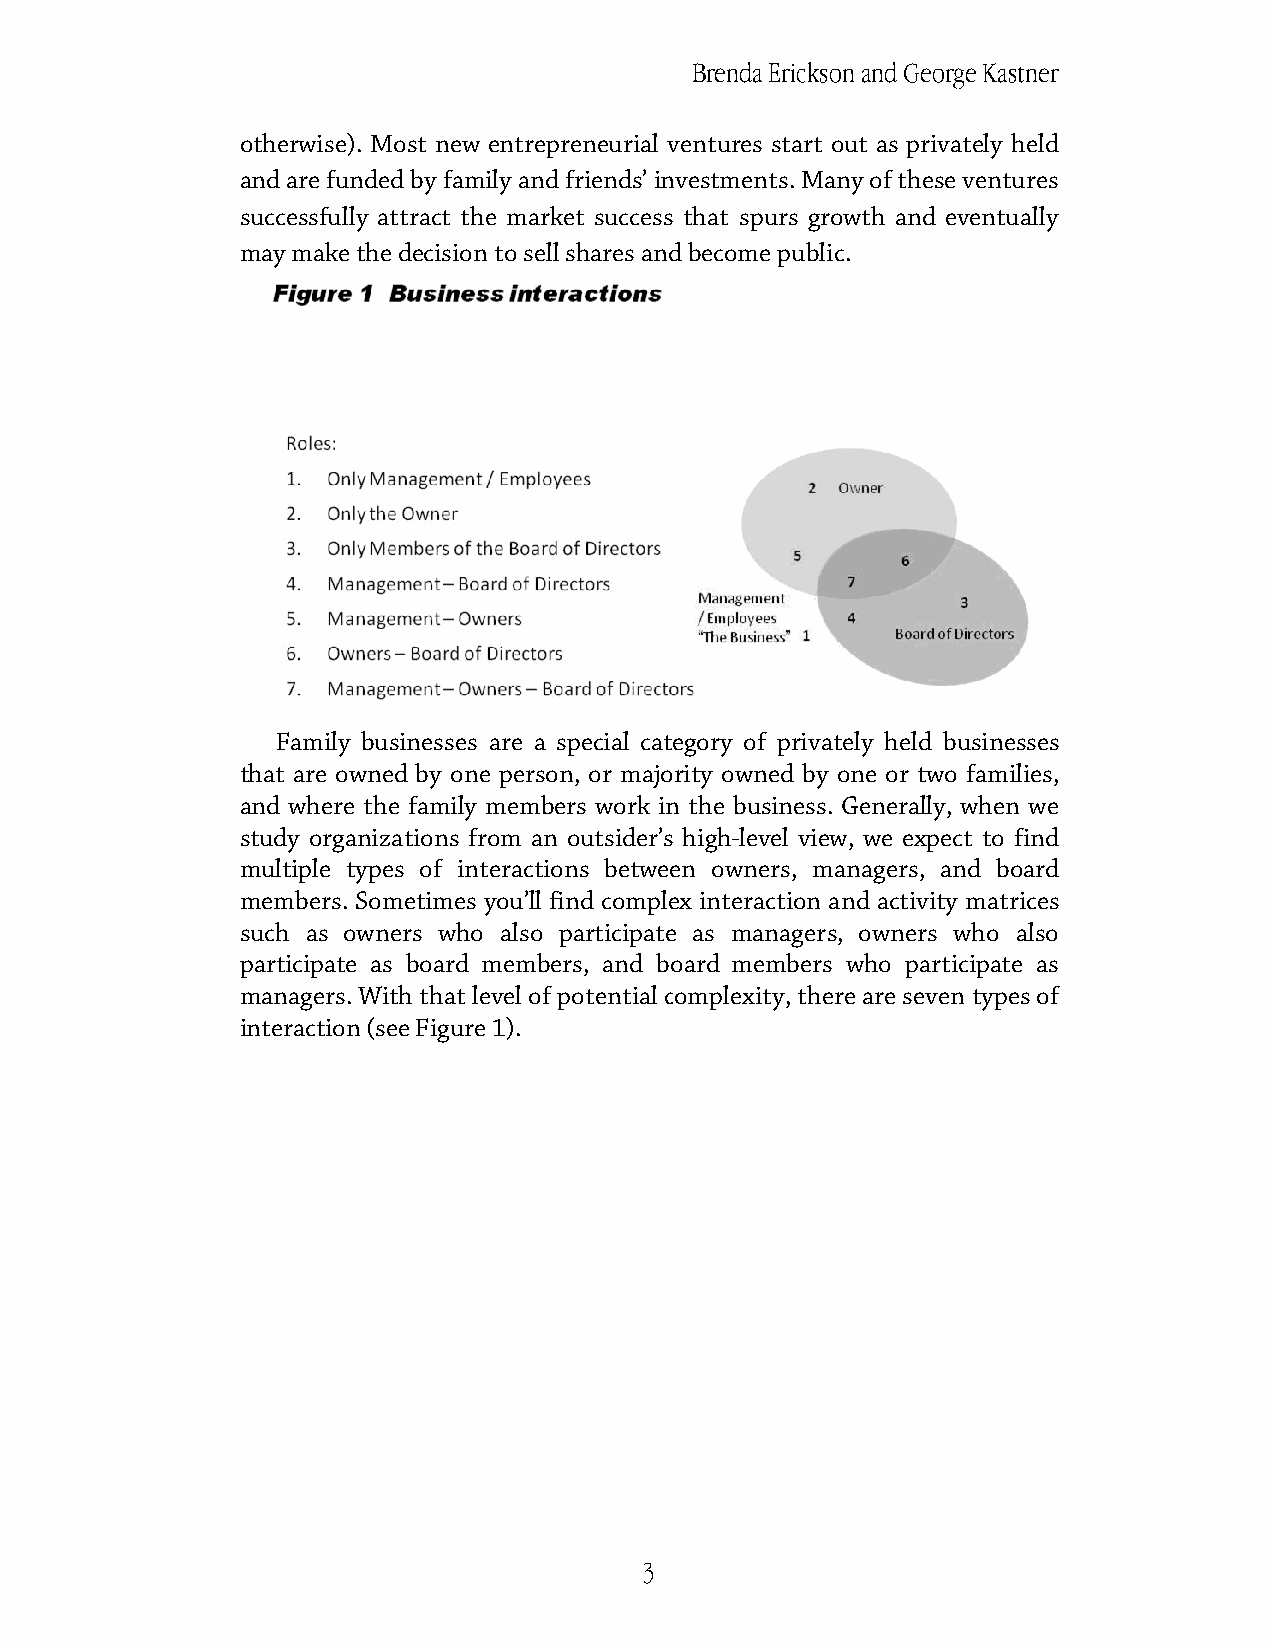
Brenda Erickson and George Kastner
 ootthheerrwwiissee)).. MMoosstt nneeww eennttrreepprreenneeuurriiaall vveennttuures start out as privately held
 and are funded by family and friends’ iinnvveessttmmeennttss.. MMaannyy ooff tthheessee vveennttuurreess
 ssuucccceessssffuullllyy aattttrraacctt tthhee mmaarrkkeett ssuucccceessss tthhaatt ssppuurrss ggrroowwtthh aanndd eevveennttuuaallllyy
 mmaayy mmaakkee tthhee ddeecciissiioonn ttoo sseellll sshhaarreess aanndd bbeeccoommee ppuubblliicc..
 Family businesses aarree aa ssppeecciiaall ccaatteeggoorryy ooff pprriivvaatteellyy hheelldd bbuussiinneesssseess
 tthhaatt aarree oowwnneedd bbyy oonnee ppeerrssoonn,, oorr mmaajjoorriittyy oowwnneedd bbyy oonnee oorr ttwwoo ffaammiilliieess,,
 aanndd wwhheerree tthhee ffaammiillyy mmeemmbbeerrss wwoorrkk iinn tthhee bbuussiinneessss.. GGeenneerraallllyy,, wwhheenn wwee
 study organizations from an outsider’ss hhiigghh-level view, we expect to find
 mmuullttiippllee ttyyppeess ooff iinntteerraaccttiioonnss bbeettwweeeenn oowwnneerrss,, mmaannaaggeerrss,, aanndd bbooaarrdd
 members. Sometimes you’llll ffiinndd ccoommpplleexx iinntteerraaccttiioonn aanndd aaccttiivviittyy mmaattrriicceess
 ssuucchh aass oowwnneerrss wwhhoo aallssoo ppaarrttiicciippaattee aass mmaannaaggeerrss,, oowwnneerrss wwhhoo aallssoo
 ppaarrttiicciippaattee aass bbooaarrdd mmeemmbbeerrss,, aanndd bbooaarrdd members who participate as
 mmaannaaggeerrss.. WWiitthh tthhaatt lleevveell ooff ppootteennttiiaall ccoommpplleexxiittyy,, tthheerree aarree sseevveenn ttyyppeess ooff
 interaction (see Figure 1).
 3